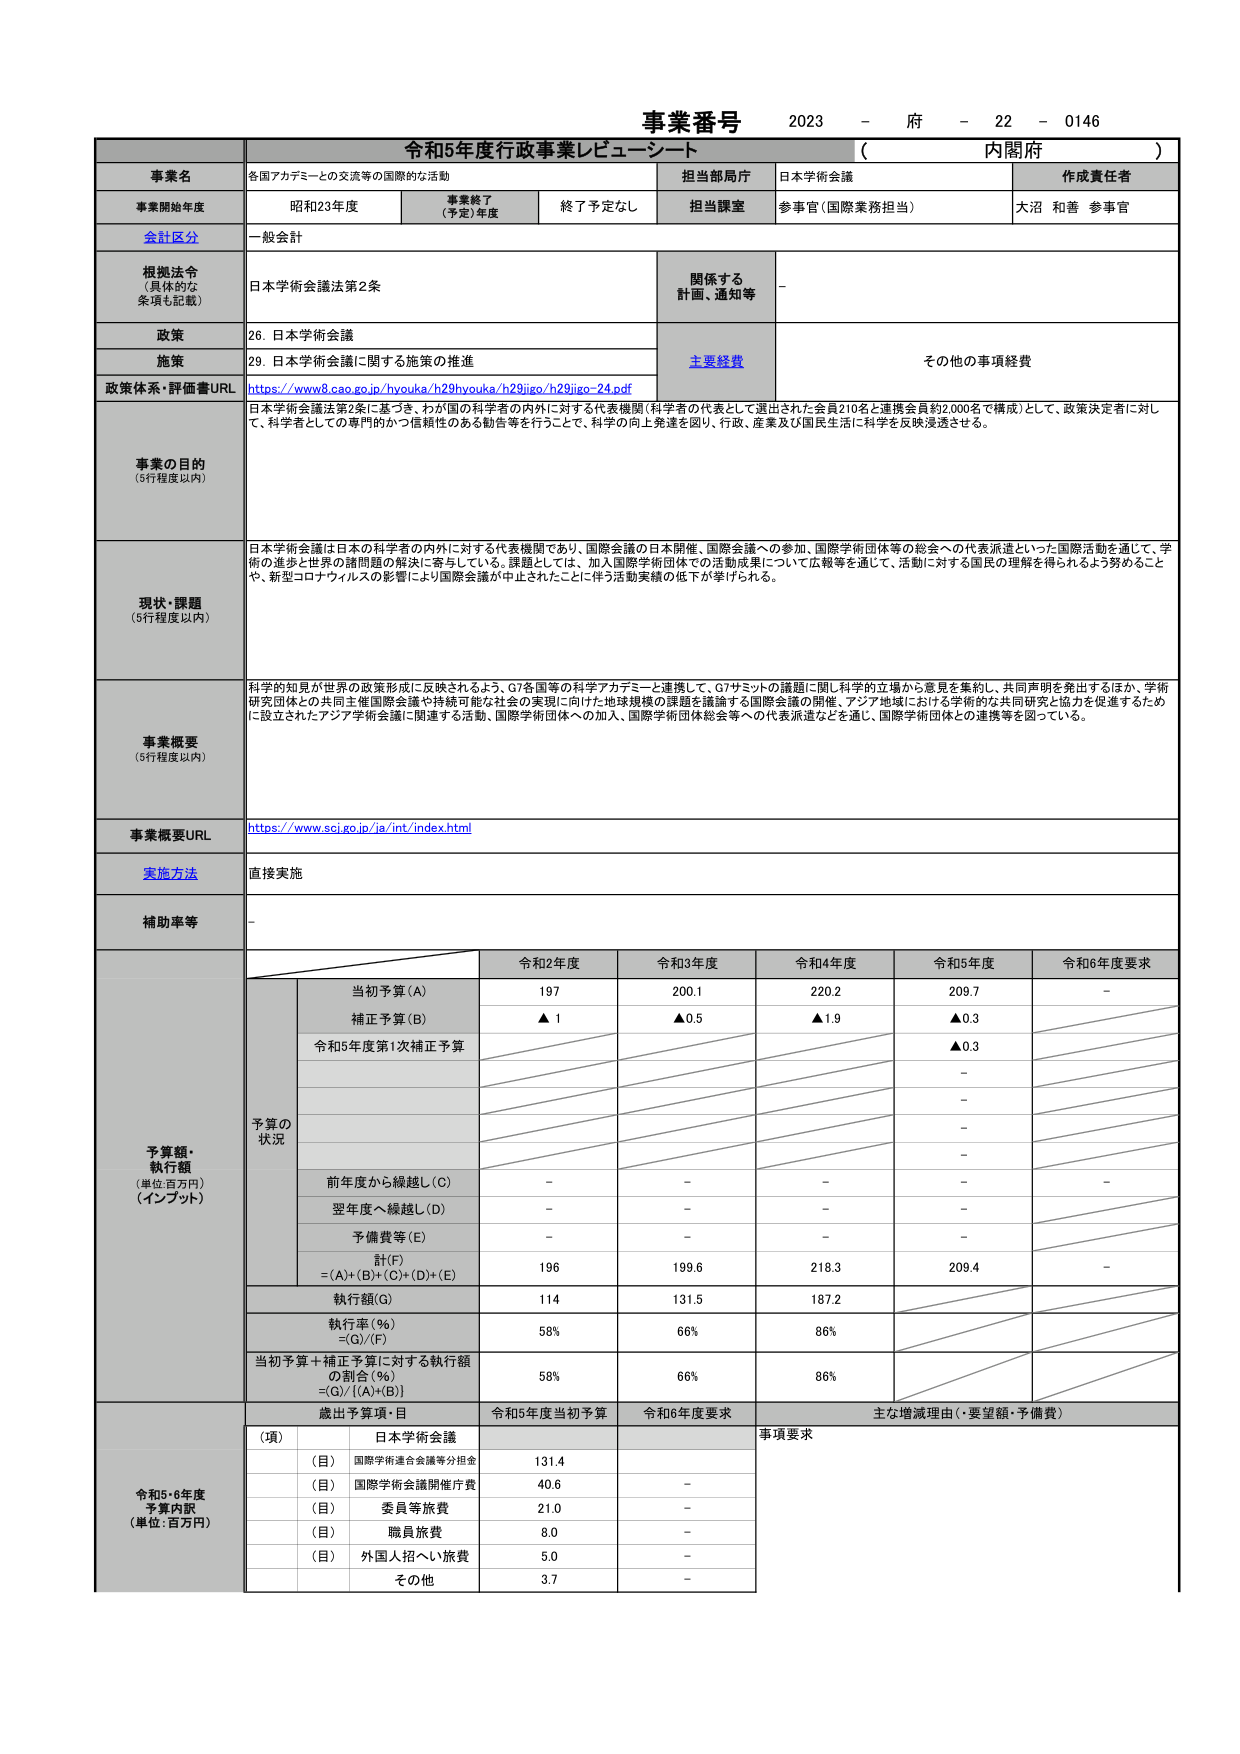
事業番号 2023 - 府 - 22 - 0146
令和5年度行政事業レビュー・シート （ 内閣府 ）

事業名 各国アカデミーとの交流等の国際的な活動
担当部局庁 日本学術会議
作成責任者 大沼 和善 参事官

事業開始年度 昭和23年度
事業終了（予定）年度 終了予定なし
担当課室 参事官（国際業務担当）

会計区分 一般会計

根拠法令（具体的な条項も記載） 日本学術会議法第2条
関係する計画、通知等 -

政策 26. 日本学術会議
施策 29. 日本学術会議に関する施策の推進
主要経費 その他の事項経費

政策体系・評価書URL https://www8.cao.go.jp/hyouka/h29hyouka/h29jigo/h29jigo-24.pdf

事業の目的（5行程度以内）
日本学術会議法第2条に基づき、わが国の科学者の内外に対する代表機関（科学者の代表として選出された会員210名と連携会員約2,000名で構成）として、政策決定者に対して、科学者としての専門的かつ信頼性のある勧告等を行うことで、科学の向上発達を図り、行政、産業及び国民生活に科学を反映浸透させる。

現状・課題（5行程度以内）
日本学術会議は日本の科学者の内外に対する代表機関であり、国際会議の日本開催、国際会議への参加、国際学術団体等の総会への代表派遣といった国際活動を通じて、学術の進歩と世界の諸問題の解決に寄与している。課題としては、加入国際学術団体での活動成果について広報等を通じて、活動に対する国民の理解を得られるよう努めることや、新型コロナウイルスの影響により国際会議が中止されたことに伴う活動実績の低下が挙げられる。

事業概要（5行程度以内）
科学的知見が世界の政策形成に反映されるよう、G7各国等の科学アカデミーと連携して、G7サミットの議題に関し科学的立場から意見を集約し、共同声明を発出するほか、学術研究団体との共同主催国際会議や持続可能な社会の実現に向けた地球規模の課題を議論する国際会議の開催、アジア地域における学術的な共同研究と協力を促進するために設立されたアジア学術会議に関連する活動、国際学術団体への加入、国際学術団体総会等への代表派遣などを通じ、国際学術団体との連携等を図っている。

事業概要URL https://www.sci.go.jp/ja/int/index.html

実施方法 直接実施

補助金等 -

予算額・執行額（単位:百万円）（インプット）
予算の状況
令和2年度 令和3年度 令和4年度 令和5年度 令和6年度要求
当初予算(A) 197 200.1 220.2 209.7 -
補正予算(B) ▲1 ▲0.5 ▲1.9 ▲0.3
令和5年度第1次補正予算 ▲0.3
-
-
-
-
前年度から繰越し(C) - - - - -
翌年度へ繰越し(D) - - - -
予備費等(E) - - - -
計(F) =(A)+(B)+(C)+(D)+(E) 196 199.6 218.3 209.4 -
執行額(G) 114 131.5 187.2
執行率(%) =(G)/(F) 58% 66% 86%
当初予算＋補正予算に対する執行額の割合(%) =(G)/[(A)+(B)] 58% 66% 86%

歳出予算額・目 令和5年度当初予算 令和6年度要求 主な増減理由（・要望額・予備費）
（項） 日本学術会議 事項要求
（目） 国際学術連合会議等分担金 131.4
（目） 国際学術会議開催庁費 40.6 -
（目） 委員等旅費 21.0 -
（目） 職員旅費 8.0 -
（目） 外国人招へい旅費 5.0 -
その他 3.7 -

令和5・6年度予算内訳（単位:百万円）